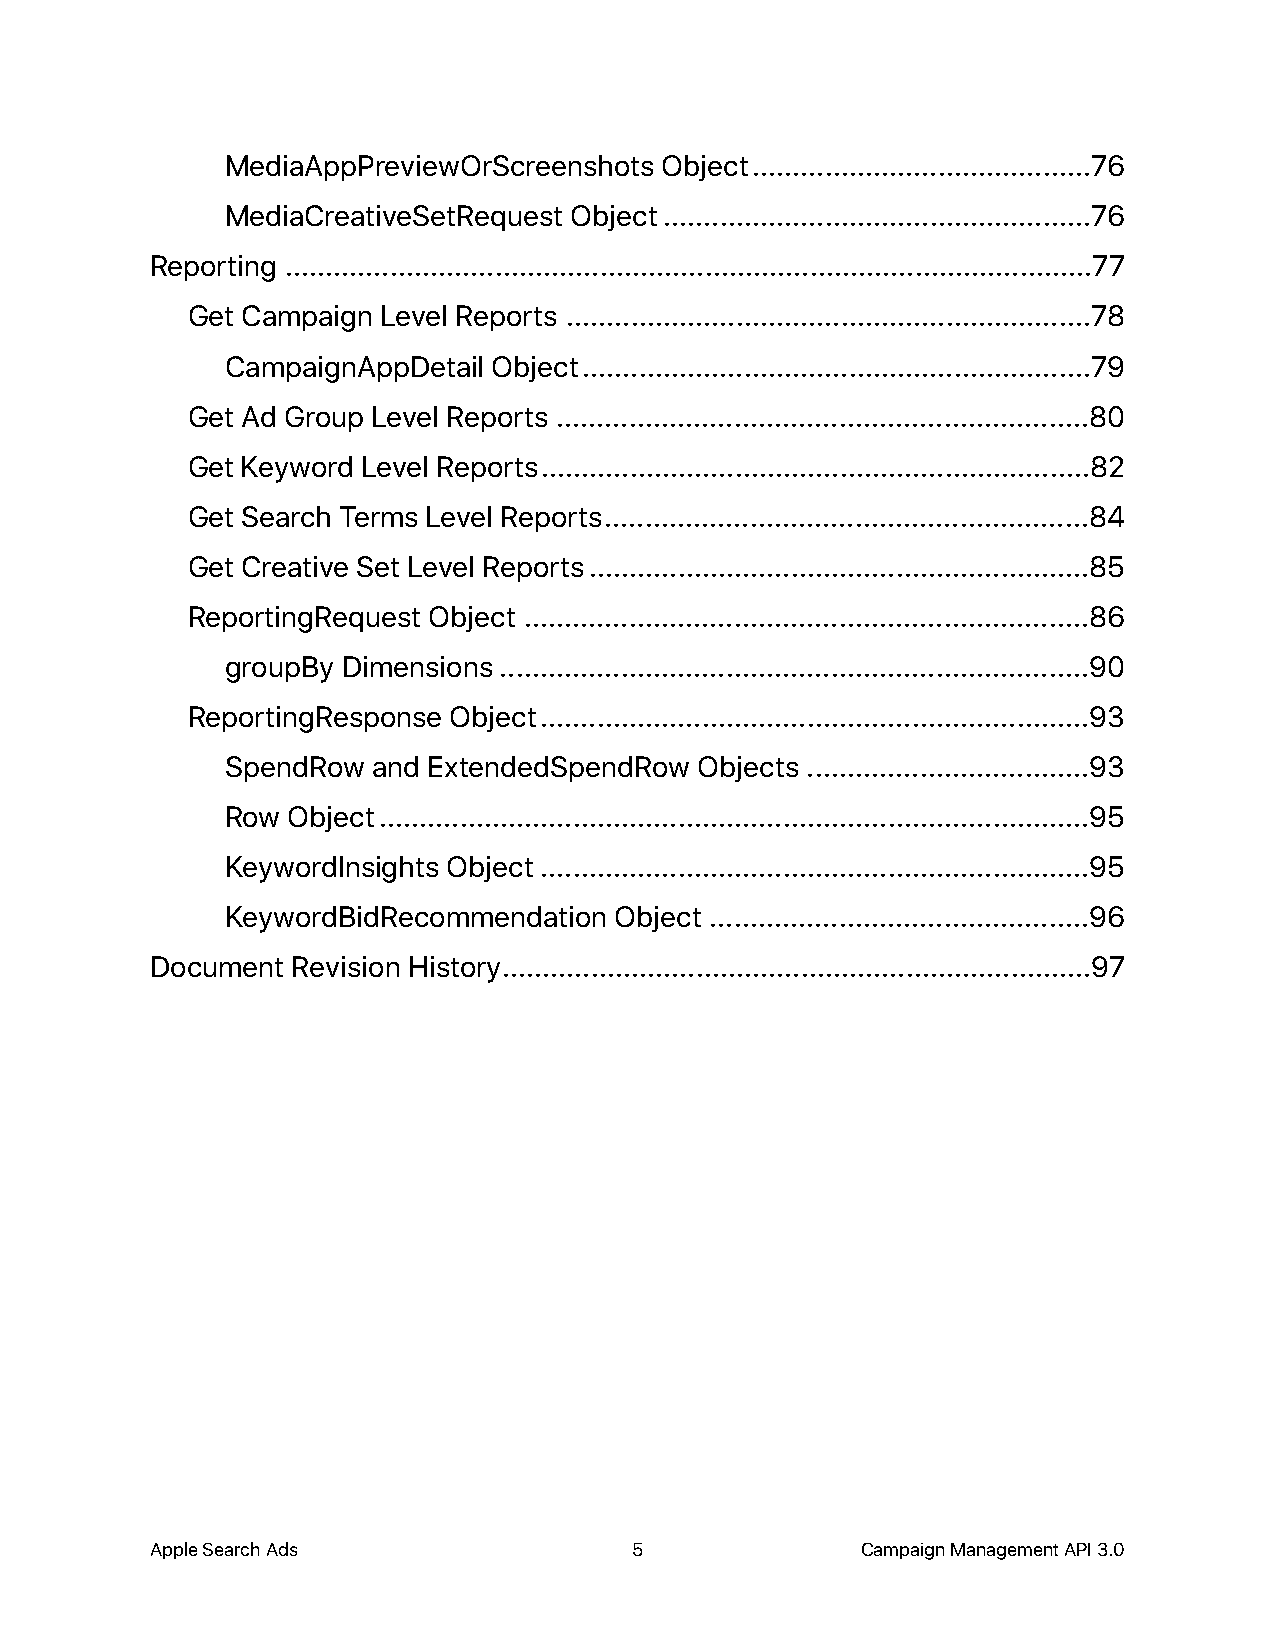
MediaAppPreviewOrScreenshots Object ..........................................76
 MediaCreativeSetRequest Object .....................................................76
 Reporting ....................................................................................................77
 Get Campaign Level Reports .................................................................78
 CampaignAppDetail Object ...............................................................79
 Get Ad Group Level Reports ..................................................................80
 Get Keyword Level Reports ....................................................................82
 Get Search Terms Level Reports ............................................................84
 Get Creative Set Level Reports ..............................................................85
 ReportingRequest Object ......................................................................86
 groupBy Dimensions .........................................................................90
 ReportingResponse Object ....................................................................93
 SpendRow  and ExtendedSpendRow Objects ...................................93
 Row Object ........................................................................................95
 KeywordInsights Object ....................................................................95
 KeywordBidRecommendation  Object ...............................................96
 Document Revision History .........................................................................97
 Apple Search Ads                5              Campaign Management API 3.0